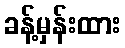
ခန့်မှန်းထား